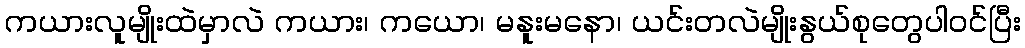
ကယားလူမျိုးထဲမှာလဲ ကယား၊ ကယော၊ မနူးမနော၊ ယင်းတလဲမျိုးနွယ်စုတွေပါဝင်ပြီး